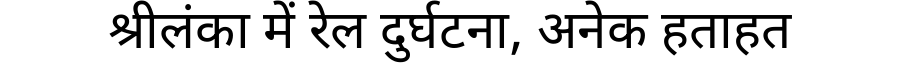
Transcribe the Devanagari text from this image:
श्रीलंका में रेल दुर्घटना, अनेक हताहत